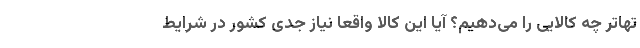
تهاتر چه کالایی را می‌دهیم؟ آیا این کالا واقعا نیاز جدی کشور در شرایط